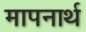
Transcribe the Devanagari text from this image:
मापनार्थ